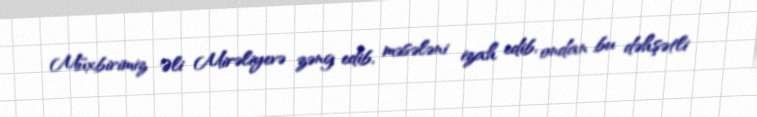
Müxbirimiz Əli Mirəliyevə zəng edib, məsələni izah edib, ondan bu dəhşətli